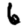
Digit: 6